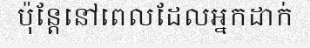
ប៉ុន្តែនៅពេលដែលអ្នកដាក់